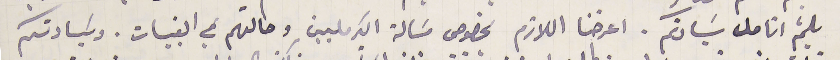
بلثم انامل سَيادتكم. اعرضنا اللازم بخصوص مسَالة الكرمليين وحالتهم في القبيات. وسَيادتكم